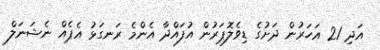
އަދި 21 އަހަރުން ދަށުގެ ޑިވެލޮޕަރުން އުފައްދާ އެންމެ ރަނގަޅު އެޕެއް ނެޝަނަލް